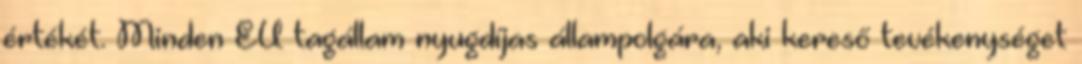
értékét. Minden EU tagállam nyugdíjas állampolgára, aki kereső tevékenységet